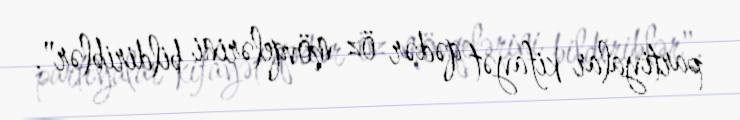
partiyalar kifayət qədər öz mövqelərini bildiriblər".